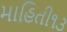
માહિતી૧૩